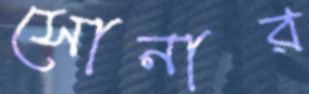
সোনার